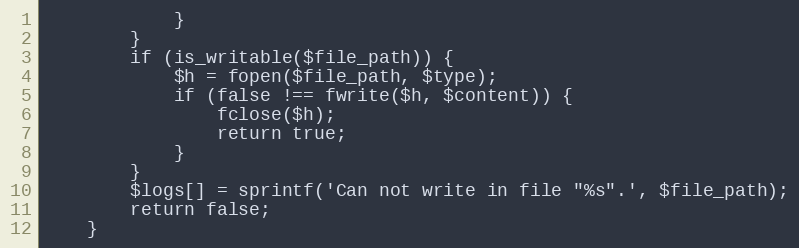
Language: PHP
            }
        }
        if (is_writable($file_path)) {
            $h = fopen($file_path, $type);
            if (false !== fwrite($h, $content)) {
                fclose($h);
                return true;
            }
        }
        $logs[] = sprintf('Can not write in file "%s".', $file_path);
        return false;
    }